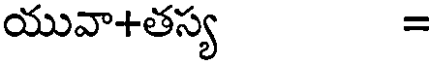
యువా+తస్య =